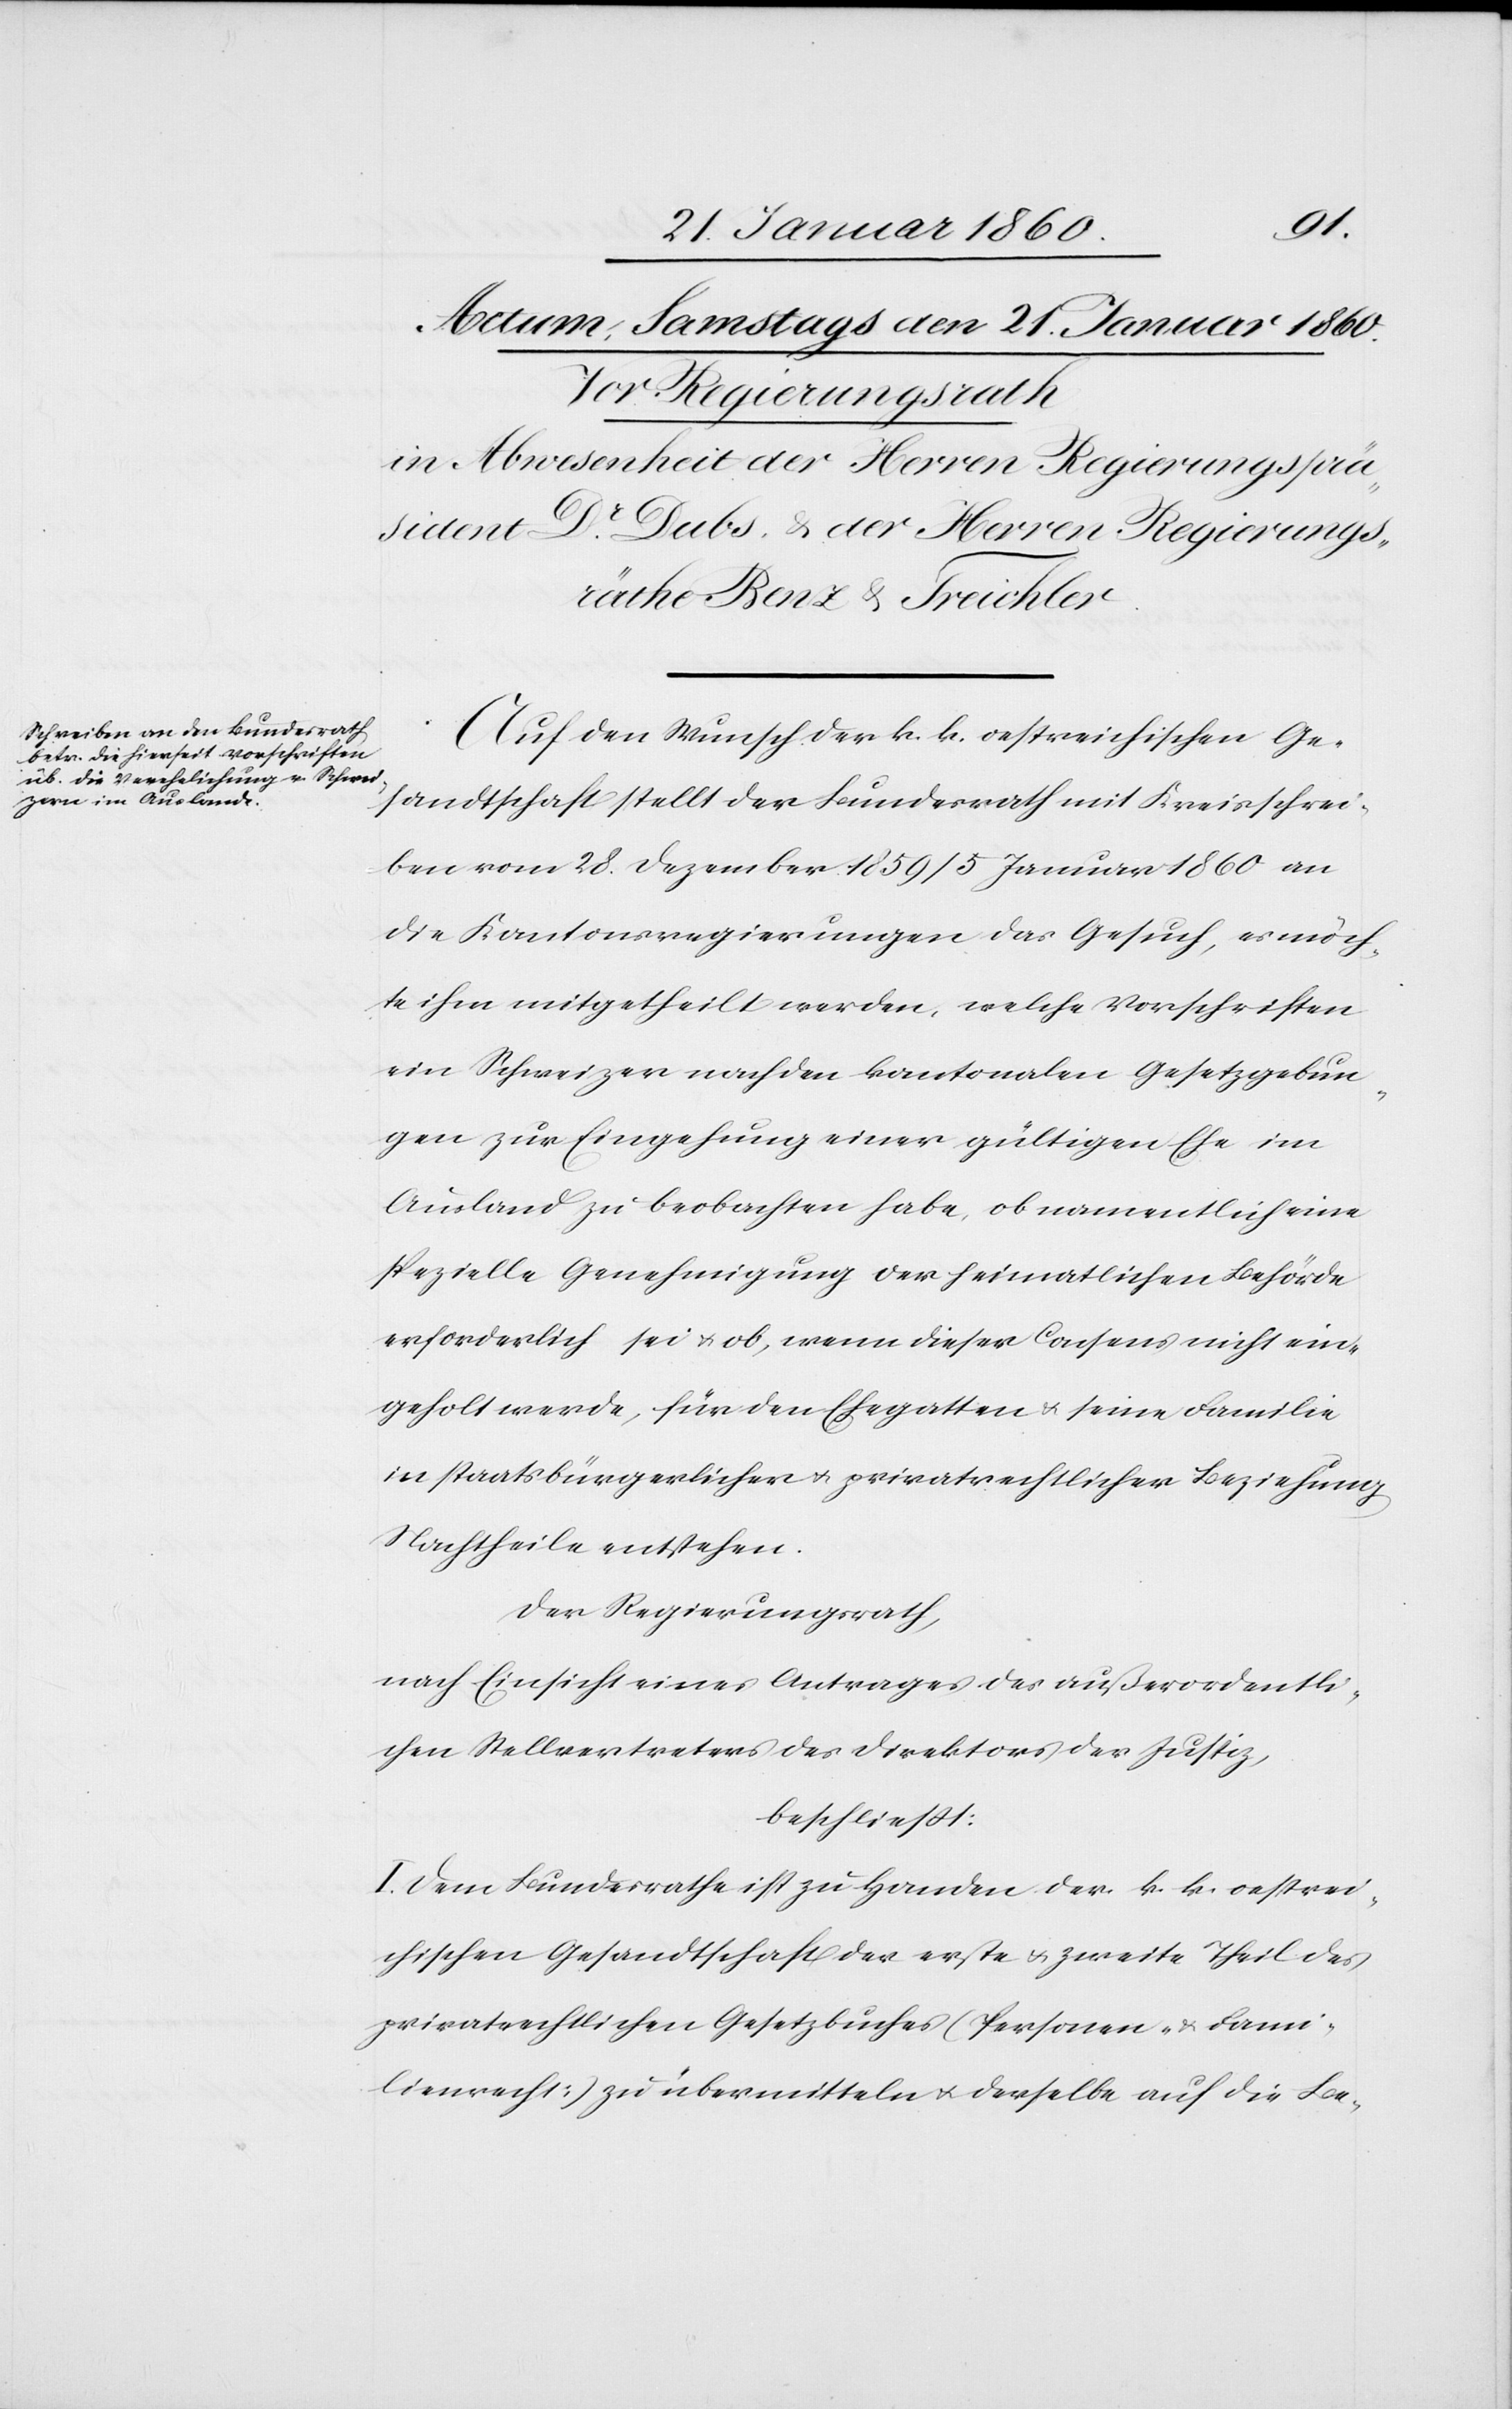
Auf den Wunsch der k. k. oestreichischen Ge¬
sandtschaft stellt der Bundesrath mit Kreisschrei¬
ben vom 28. Dezember 1859 / 5. Januar 1860 an
die Kantonsregierungen das Gesuch, es möch¬
te ihm mitgetheilt werden, welche Vorschriften
ein Schweizer nach den kantonalen Gesetzgebun¬
gen zur Eingehung einer gültigen Ehe im
Ausland zu beobachten habe, ob namentlich eine
spezielle Genehmigung der heimatlichen Behörde
erforderlich sei u. ob, wenn dieser Consens nicht ein¬
geholt werde, für den Ehegatten u. seine Familie
in staatsbürgerlichen u. privatrechtlicher Beziehung
Nachtheile entstehen.
der Regierungsrath
nach Einsicht eines Antrages des außerordentli¬
chen Stellvertreters des Direktors der Justiz,
beschließt:
I. Dem Bundesrathe ist zu Handen der k. k. oestrei¬
chischen Gesandtschaft der erste u. zweite Theil des
privatrechtlichen Gesetzbuches (Personen- u. Fami¬
lienrath) zu übermitteln u. derselbe auf die Be-